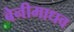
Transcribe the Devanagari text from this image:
बेनीमाधव